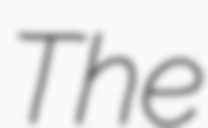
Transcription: The